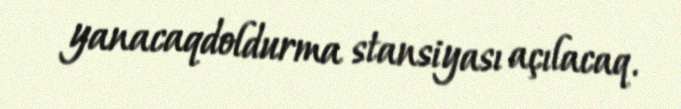
yanacaqdoldurma stansiyası açılacaq.